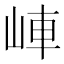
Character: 𡷖